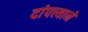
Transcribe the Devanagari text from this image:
दांपत्त्याने